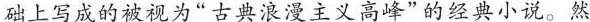
础上写成的被视为“古典浪漫主义高峰”的经典小说。然